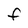
Character: F